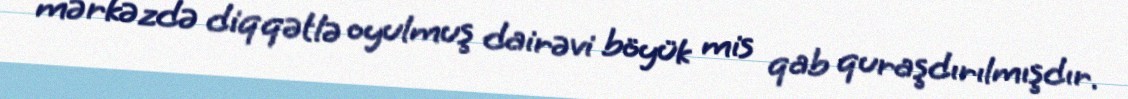
mərkəzdə diqqətlə oyulmuş dairəvi böyük mis qab quraşdırılmışdır.